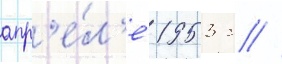
апр'е́л'е 1953 г //